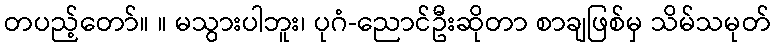
တပည့်တော်။ ။ မသွားပါဘူး၊ ပုဂံ-ညောင်ဦးဆိုတာ စာချဖြစ်မှ သိမ်သမုတ်